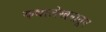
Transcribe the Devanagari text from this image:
कथालेखनातून